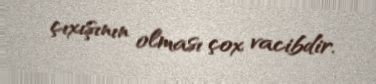
çıxışının olması çox vacibdir.